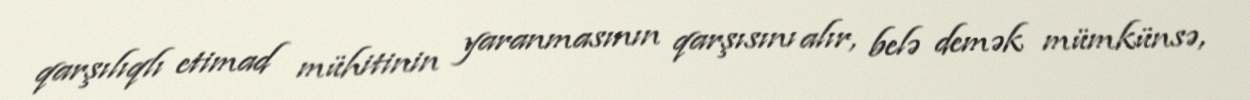
qarşılıqlı etimad mühitinin yaranmasının qarşısını alır, belə demək mümkünsə,